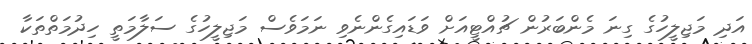
އަދި މަޖިލީހުގެ ގިނަ މެންބަރުން ޗުއްޓީއަށް ވަޑައިގެންނެވި ނަމަވެސް މަޖިލީހުގެ ސަލާމަތީ ހިދުމަތްތަކާ